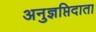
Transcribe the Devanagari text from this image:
अनुज्ञप्तिदाता